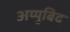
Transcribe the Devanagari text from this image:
अय्युबिद